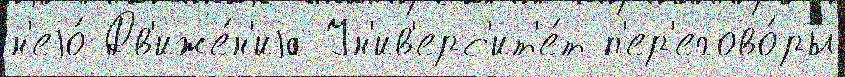
н'еjо́ Дв'иже́н'иjа Ун'ив'ерс'ит'е́т п'ер'егово́ры